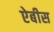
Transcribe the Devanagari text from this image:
ऐबीस